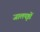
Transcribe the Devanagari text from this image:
जालपृष्ठों